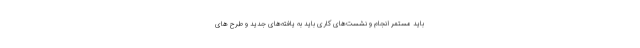
باید مستمر انجام و نشست‌های کاری باید به یافته‌های جدید و طرح های